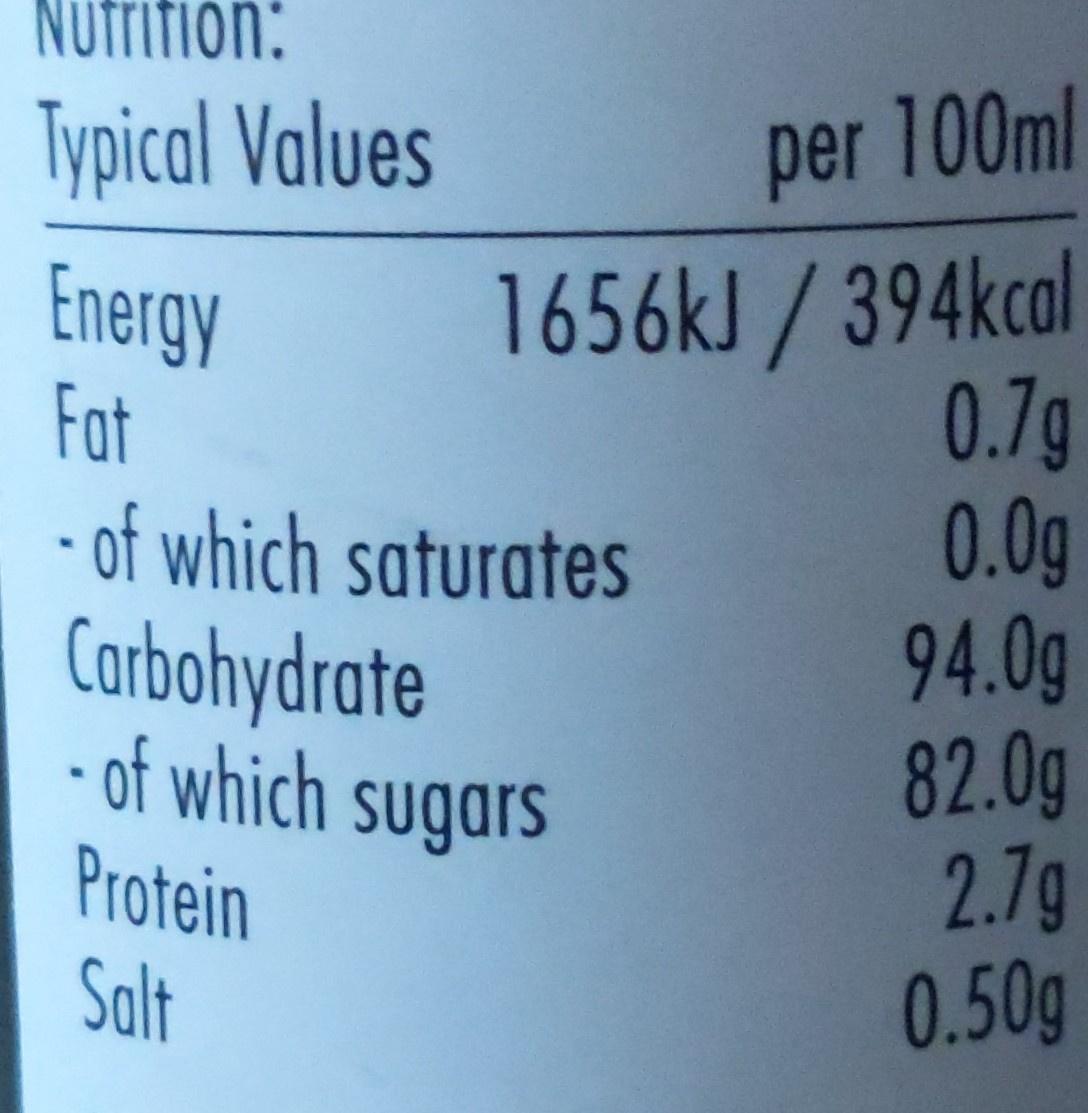
Nufrifion:
Typical Values
per 100ml
1656kJ / 394kcal 0.7g 0.0g 94.0g 82.0g 2.7g 0.50g
Energy Fat
of which saturates Carbohydrate of which sugars
Protein Salt